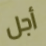
أجل